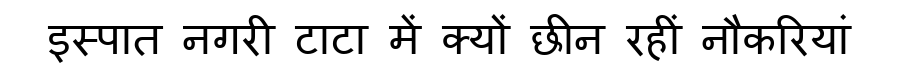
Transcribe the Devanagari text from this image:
इस्पात नगरी टाटा में क्यों छीन रहीं नौकरियां